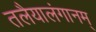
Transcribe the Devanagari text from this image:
तलैयालंगानम्